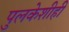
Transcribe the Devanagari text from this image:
पुलकेशीही